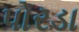
પોરડા